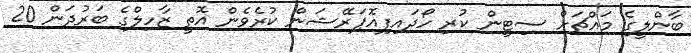
ބާންލީގެ މައްޗަށް ސިޓީން ކުރި ހޯދައިފިއޮޕަރޭޝަން ކުރެވެން އޮތީ ޒާހިލްގެ ބަރުދަން 20